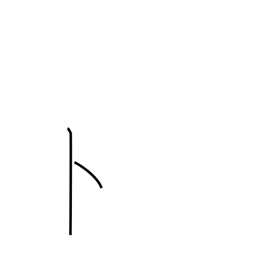
Meaning: divining